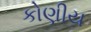
કોણીય